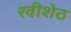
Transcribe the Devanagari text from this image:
रवीशेठ